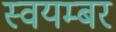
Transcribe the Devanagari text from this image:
स्वयम्बर